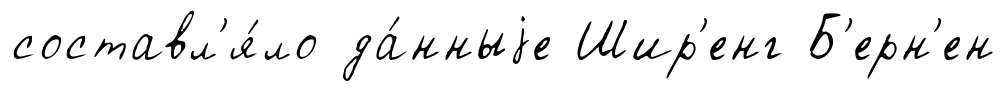
составл'я́ло да́нныjе Шир'енг Б'ерн'ен